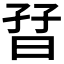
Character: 𡥨